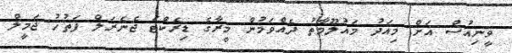
ވީނިއުސް އަށް މިއަދު މައުލޫމާތު ދެއްވަމުން މީރާގެ ޑިރެކްޓަ ޖެނެރަލް ފަތުހު ޖަމީލް